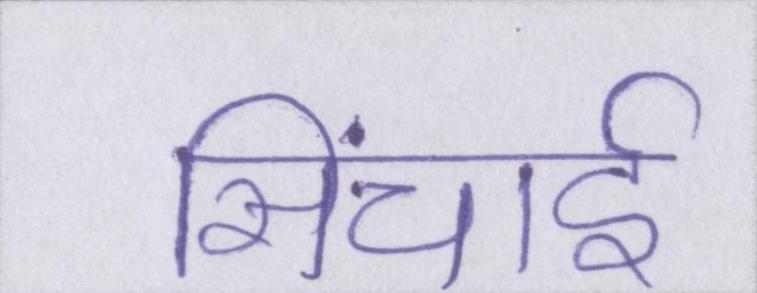
सिंचाई